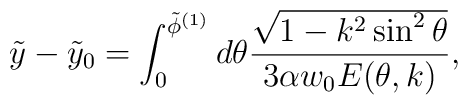
\tilde y-\tilde y_0= \int_0^{\tilde \phi^{(1)}}d\theta{\sqrt{1-k^2\sin^2 \theta} \over 3\alpha w_0 E(\theta, k)},